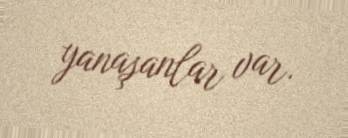
yanaşanlar var.